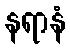
နရာနံ